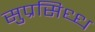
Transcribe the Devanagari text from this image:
सुप्रसिध्ध